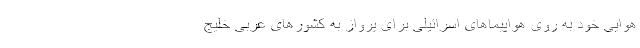
هوایی خود به روی هواپیماهای اسرائیلی برای پرواز به کشورهای عربی خلیج